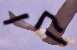
קו